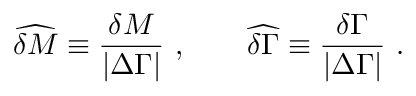
\widehat { \delta M } \equiv { \frac { \delta M } { | \Delta \Gamma | } } \ , \qquad \widehat { \delta \Gamma } \equiv { \frac { \delta \Gamma } { | \Delta \Gamma | } } \ .